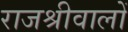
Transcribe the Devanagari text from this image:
राजश्रीवालों